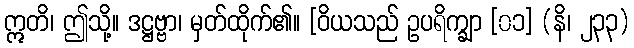
ဣတိ၊ ဤသို့။ ဒဋ္ဌဗ္ဗာ၊ မှတ်ထိုက်၏။ [ဝိယသည် ဥပရိက္ချာ [၀၁] (နိ၊ ၂၃၃)